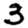
Digit: 3